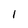
Character: 1